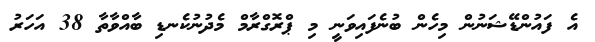
އެ ފައުންޑޭޝަނުން މިހެން ބުނެފައިވަނީ މި ޕްރޮގްރާމް މެދުނުކެނޑި ބާއްވާތާ 38 އަހަރު